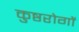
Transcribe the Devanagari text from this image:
कुष्ठरोगों